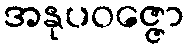
အနုပဝဇ္ဇော